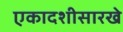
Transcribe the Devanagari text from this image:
एकादशीसारखे